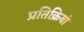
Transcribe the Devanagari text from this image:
प्रतिक्रियां